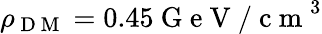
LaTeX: \rho_{\mathrm{~D~M~}}=0.45\mathrm{~G~e~V~/~c~m~}^{3}